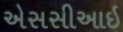
એસસીઆઇ